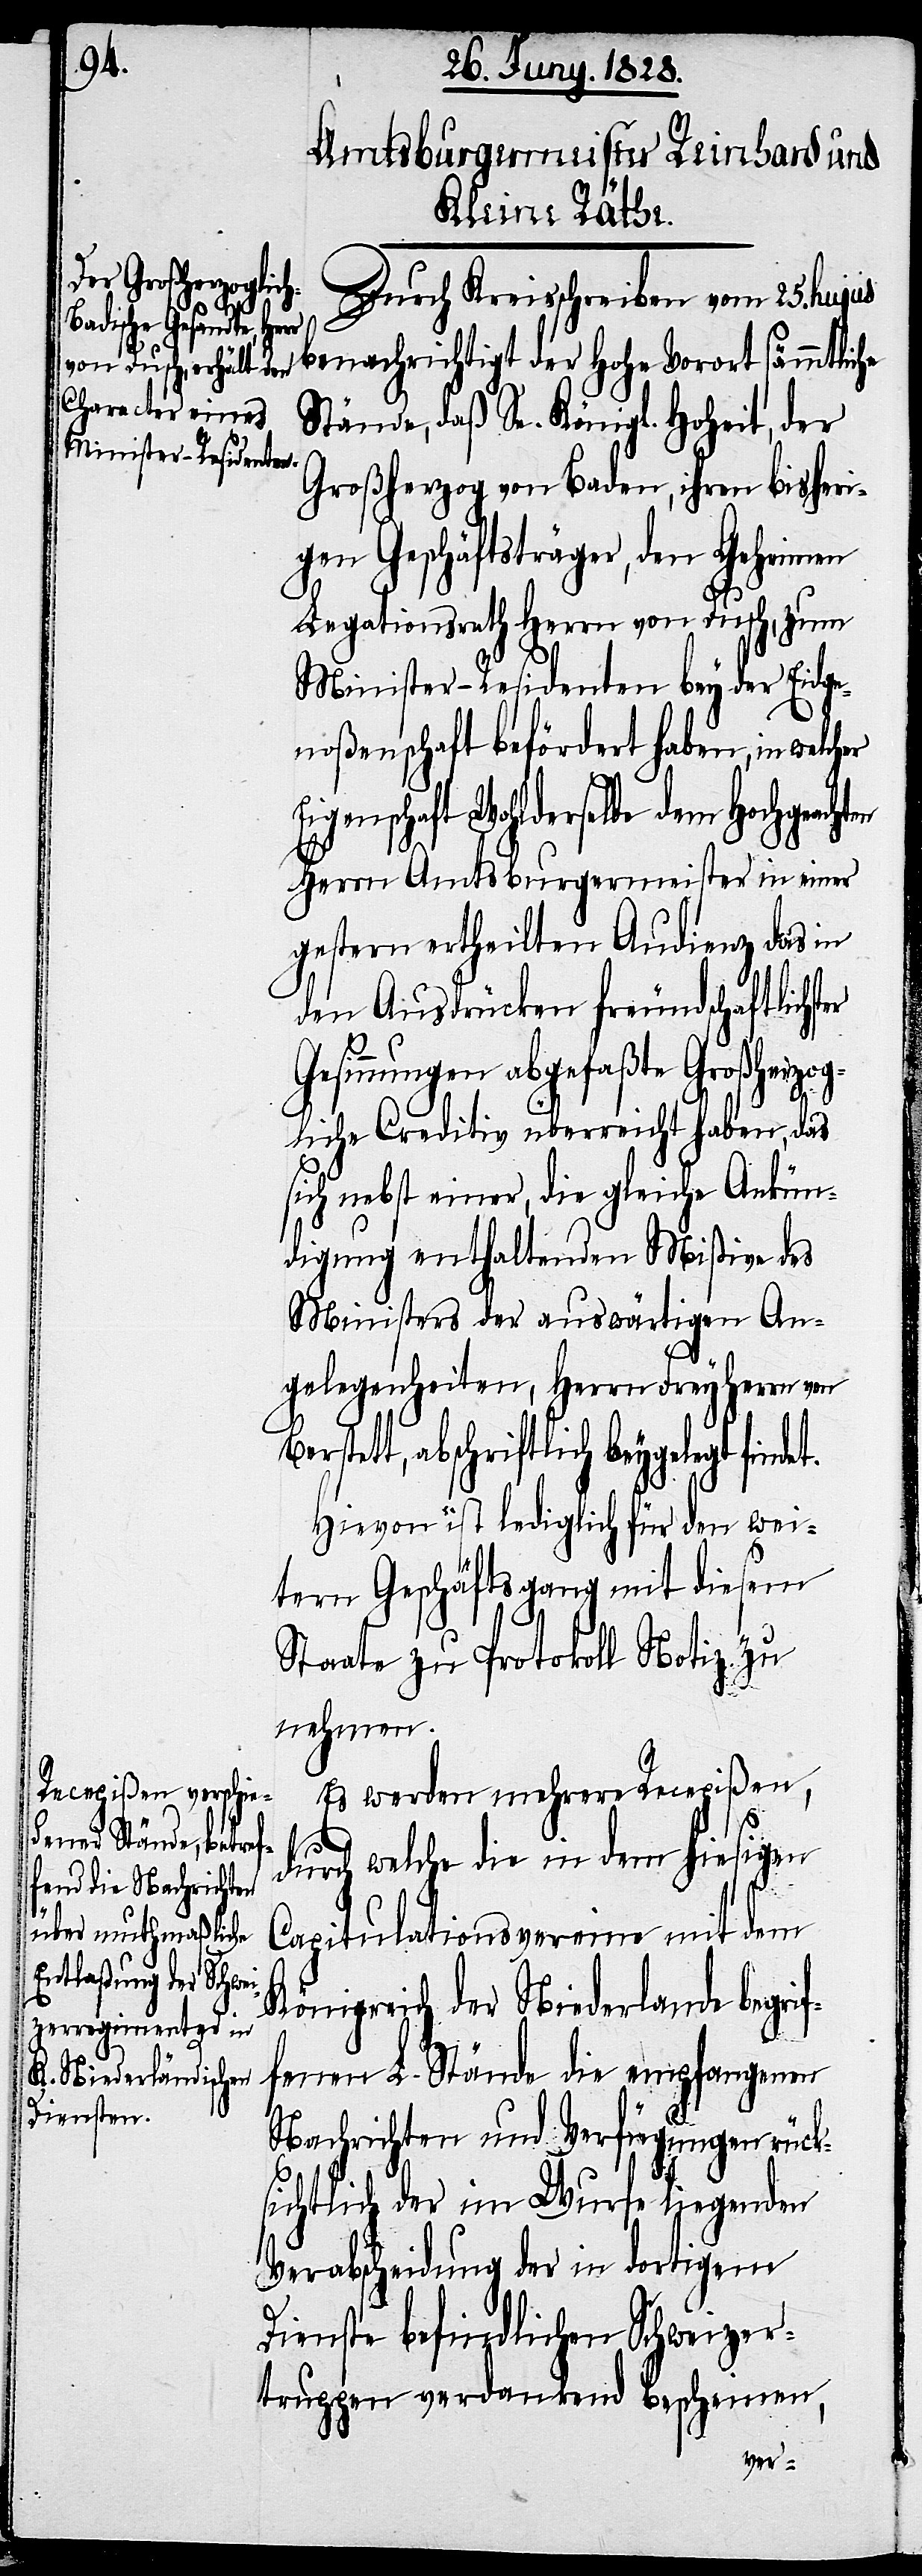
er Eigensc¬

Durch Kreisschreiben vom 25. hujus
benachrichtigt der Hohe Vorort sämmtliche
Stände, daß Se. Königl. Hoheit, der
Großherzog von Baden, ihren bisheri¬
gen Geschäftsträger, den Geheimen
Legationsrath Herrn von Dusch, zum
Minister-Residenten bey der Eidge¬
noßenschaft befördert haben, in welch¬
haft Wohlderselbe dem Hochgeach¬
Herrn Amtsburgermeister in einer
gestern ertheilten Audienz das in
den Ausdrücken freundschaftlicher
Gesinnungen abgefaßte Großherzog¬
liche Creditiv überreicht haben, das
sich nebst einer, die gleiche Ankün¬
digung enthaltenden Mißive des
Ministers der auswärtigen An¬
gelegenheiten, Herrn Freyherrn von
tett, abschriftlich beygelegt find¬
Hievon ist lediglich für den wei¬
tern Geschäftsgang mit diesem
Staate zu Protokoll Notiz zu
nehmen.
Es werden mehrere Recepißen,
et.
durch welche die in dem hiesigen
Capitulationsvereine mit dem
Königreich der Niederlande begrif¬
fenen L. Stände die empfangenen
Nachrichten und Verfügungen rück¬
sichtlich der im Wurfe liegenden
Verabscheidung der in dortigem
Dienste befindlichen Schweizer¬
truppen verdankend bescheinen,
Bers¬